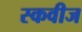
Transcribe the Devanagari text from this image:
स्कवीज